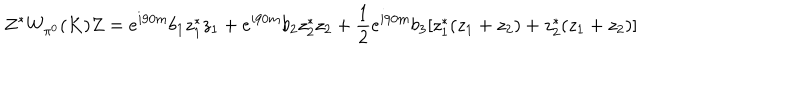
LaTeX: Z ^ { * } W _ { \pi ^ { 0 } } ( K ) Z = e ^ { i 9 0 m } b _ { 1 } z _ { 1 } ^ { * } z _ { 1 } + e ^ { i 9 0 m } b _ { 2 } z _ { 2 } ^ { * } z _ { 2 } + \frac 1 2 e ^ { i 9 0 m } b _ { 3 } [ z _ { 1 } ^ { * } ( z _ { 1 } + z _ { 2 } ) + z _ { 2 } ^ { * } ( z _ { 1 } + z _ { 2 } ) ]